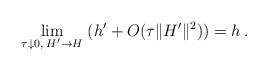
LaTeX: \begin{align*}\lim_{\tau\downarrow 0, \; H'\to H}\; (h'+O(\tau\|H'\|^{2}))=h\,.\end{align*}